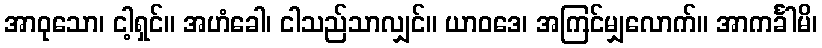
အာဝုသော၊ ငါ့ရှင်။ အဟံခေါ၊ ငါသည်သာလျှင်။ ယာဝဒေ၊ အကြင်မျှလောက်။ အာကင်္ခါမိ၊